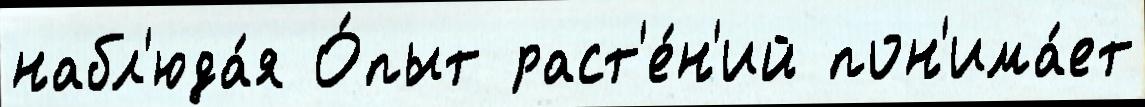
набл'юда́я О́пыт раст'е́н'ий пон'има́ет